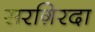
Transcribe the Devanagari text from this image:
सरग़िरदा